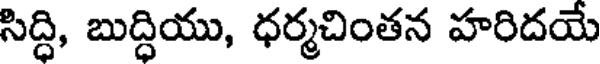
సిద్ది, బుద్ధియు, ధర్మచింతన హరిదయే